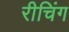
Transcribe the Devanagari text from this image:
रीचिंग